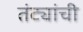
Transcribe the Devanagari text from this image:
तंट्यांची